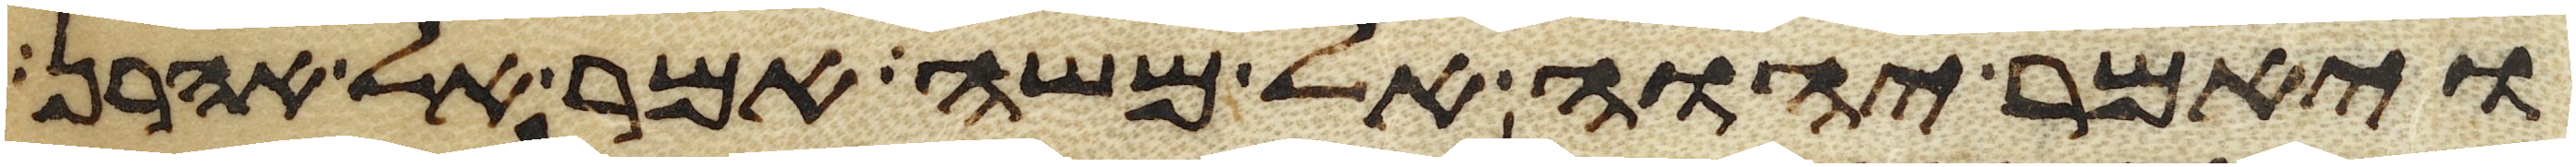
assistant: ויאמר יהוה אל משה אמר אל אהרן